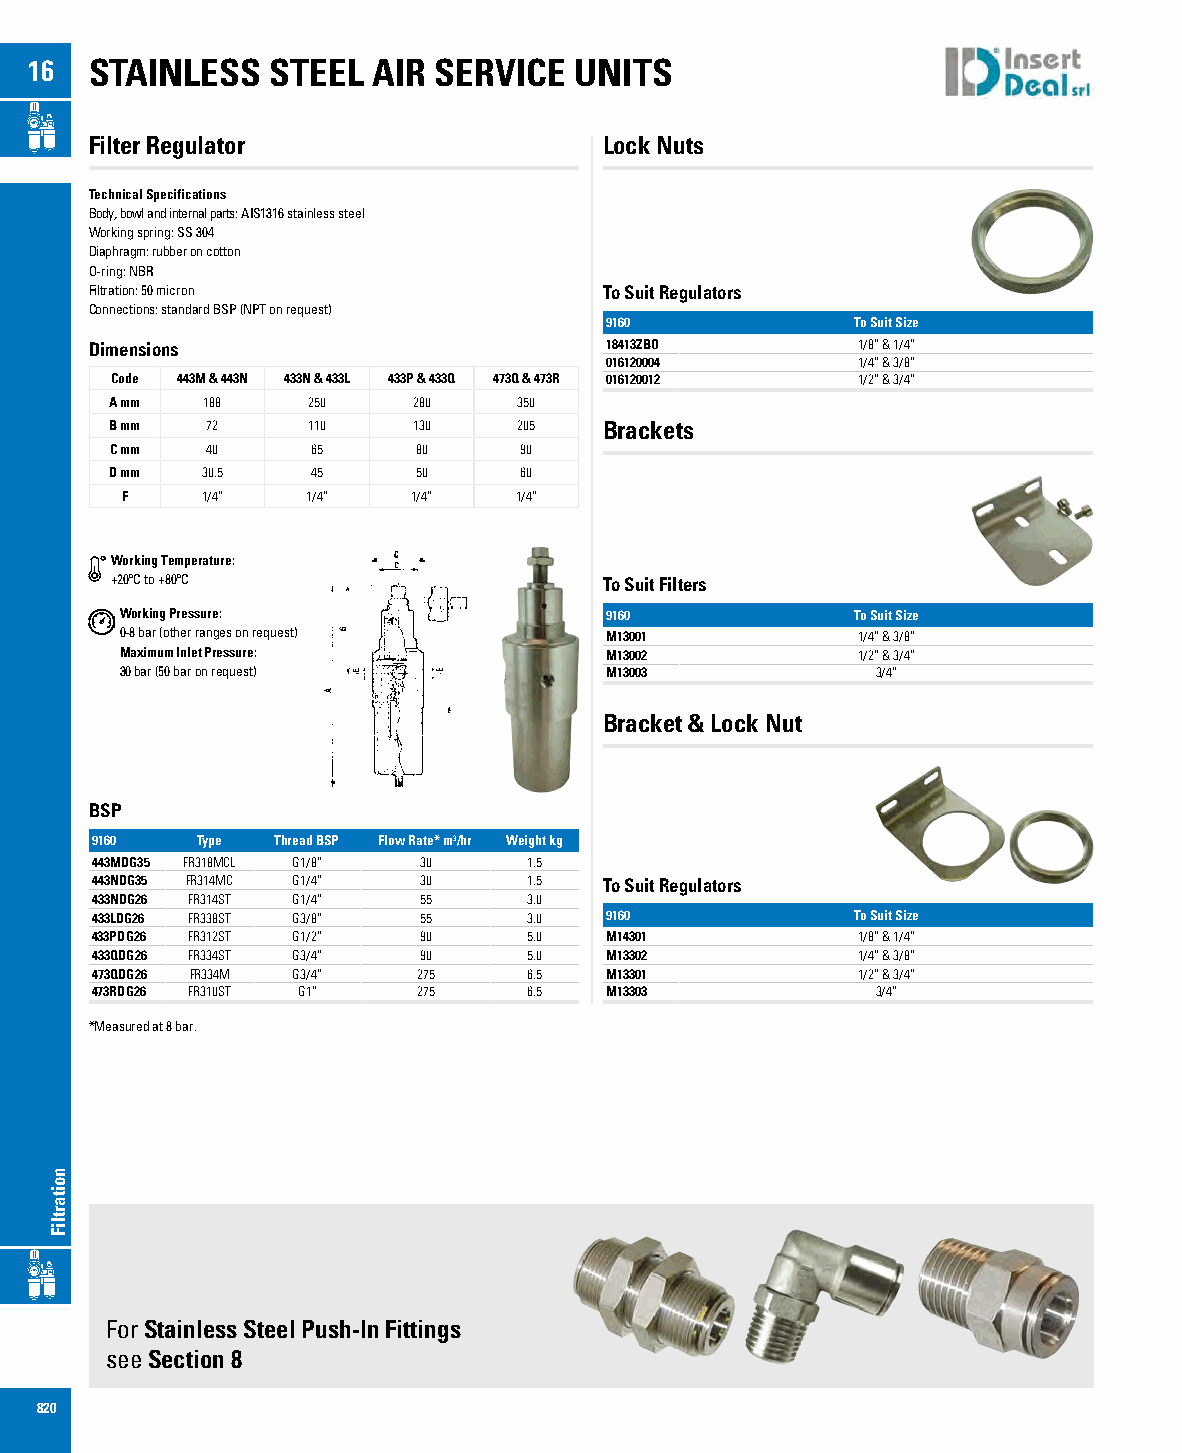
16  STAINLESS   STEEL  AIR SERVICE  UNITS
 Filter Regulator                  Lock Nuts
 Technical Specifications
 Body, bowl and internal parts: AIS1316 stainless steel
 Working spring: SS 304
 Diaphragm: rubber on cotton
 O-ring: NBR
 Filtration: 50 micron             To Suit Regulators
 Connections: standard BSP (NPT on request)
 9160             To Suit Size
 Dimensions                        18413ZBO         1/8” & 1/4”
 016120004        1/4” & 3/8”
 Code 443M & 443N 433N & 433L 433P & 433Q 473Q & 473R 016120012 1/2” & 3/4”
 A mm  188    250    280    350
 B mm   72    110    130    205   Brackets
 C mm   40     65     80    90
 D mm  30.5    45     50    60
 F    1/4”   1/4”   1/4”   1/4”
 Working Temperature:
 +20ºC to +80ºC                   To Suit Filters
 Working Pressure:               9160             To Suit Size
 0-8 bar (other ranges on request) M13001         1/4” & 3/8”
 Maximum Inlet Pressure:         M13002           1/2” & 3/4”
 30 bar (50 bar on request)      M13003            3/4”
 Bracket & Lock Nut
 BSP
 9160   Type Thread BSP Flow Rate* m3/hr Weight kg
 443MDG35 FR318MCL G1/8” 30   1.5
 443NDG35 FR314MC G1/4” 30    1.5  To Suit Regulators
 433NDG26 FR314ST G1/4” 55    3.0
 433LDG26 FR338ST G3/8” 55    3.0  9160             To Suit Size
 433PDG26 FR312ST G1/2” 90    5.0  M14301           1/8” & 1/4”
 433QDG26 FR334ST G3/4” 90    5.0  M13302           1/4” & 3/8”
 473QDG26 FR334M G3/4” 275    6.5  M13301           1/2” & 3/4”
 473RDG26 FR310ST G1”  275    6.5  M13303            3/4”
 *Measured at 8 bar.
 For Stainless Steel Push-In Fittings
 see Section 8
 820
 noitartliF